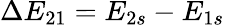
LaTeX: \Delta E_{21}=E_{2s}-E_{1s}